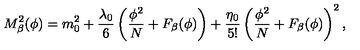
M _ { \beta } ^ { 2 } ( \phi ) = m _ { 0 } ^ { 2 } + \frac { \lambda _ { 0 } } { 6 } \left( \frac { \phi ^ { 2 } } { N } + F _ { \beta } ( \phi ) \right) + \frac { \eta _ { 0 } } { 5 ! } \left( \frac { \phi ^ { 2 } } { N } + F _ { \beta } ( \phi ) \right) ^ { 2 } ,